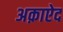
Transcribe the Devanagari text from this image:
अक़ाऐद